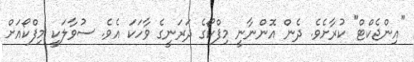
"އިންޖެކްޓް" ކުރާށެވެ. ދެން އޮންނާނީ މިފްކޯގެ ދަރަނީގެ ވާހަކަ އެވެ. ސުވާލަކީ މިފްކޯއަށް